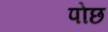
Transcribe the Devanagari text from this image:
पोछ